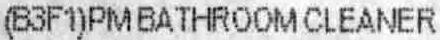
(B3F1)PM BATHROOM CLEANER